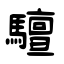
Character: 驙